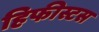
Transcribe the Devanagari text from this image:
हिफीस्टस